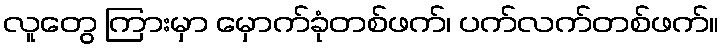
လူတွေ ကြားမှာ မှောက်ခုံတစ်ဖက်၊ ပက်လက်တစ်ဖက်။